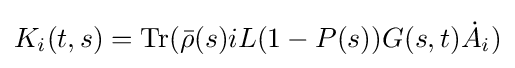
K_{i}(t,s)={\text{Tr}}({\bar {\rho }}(s)iL(1-P(s))G(s,t){\dot {A}}_{i})